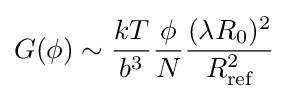
G(\phi )\sim {\frac {kT}{b^{3}}}{\frac {\phi }{N}}{\frac {(\lambda R_{0})^{2}}{R_{\text{ref}}^{2}}}